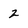
Character: 2